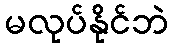
မလုပ်နိုင်ဘဲ